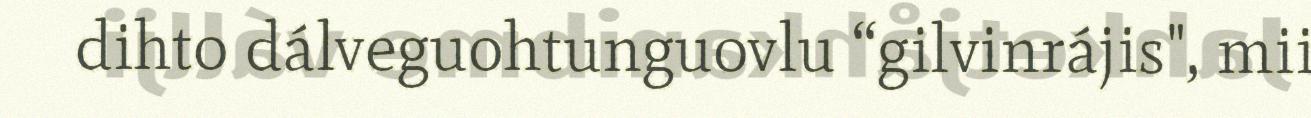
dihto dálveguohtunguovlu “gilvinrájis", mii